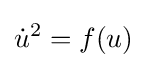
{\dot {u}}^{2}=f(u)